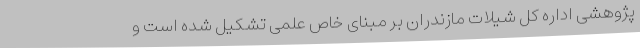
پژوهشی اداره کل شیلات مازندران بر مبنای خاص علمی تشکیل شده است و